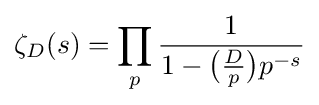
\zeta _{D}(s)=\prod _{p}{1 \over 1-{{\big (}{\frac {D}{p}}{\big )}}p^{-s}}